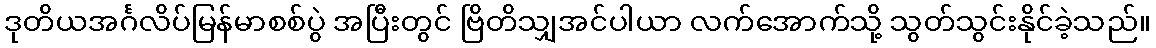
ဒုတိယအင်္ဂလိပ်မြန်မာစစ်ပွဲ အပြီးတွင် ဗြိတိသျှအင်ပါယာ လက်အောက်သို့ သွတ်သွင်းနိုင်ခဲ့သည်။